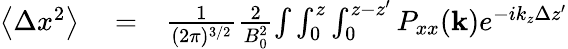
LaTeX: \begin{array}{rlr}{\left\langle\Delta x^{2}\right\rangle}&{{}=}&{\frac{1}{(2\pi)^{3/2}}\frac{2}{B_{0}^{2}}{\int}\int_{0}^{z}\int_{0}^{z-{z}^{\prime}}P_{xx}(\mathbf{k})e^{-ik_{z}\Delta z^{\prime}}}\end{array}